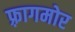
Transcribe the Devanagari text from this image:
फ़्रागमोर